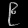
Digit: ၉